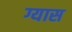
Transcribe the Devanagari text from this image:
ग्यास